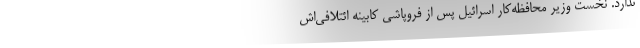
ندارد. نخست وزیر محافظه‌کار اسرائیل پس از فروپاشی کابینه ائتلافی‌اش